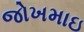
જોખમાઇ